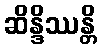
ဆိန္ဒိဿန္တိ